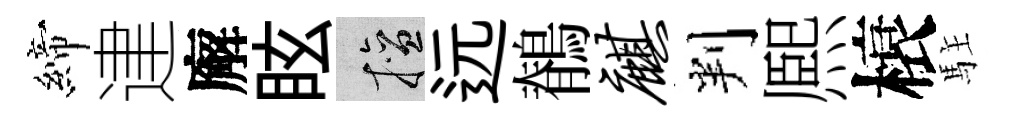
締䢖廨眩擅远鶺麒判熈榱駐